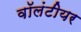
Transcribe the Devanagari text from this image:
वॉलंटीयर